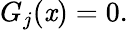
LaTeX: G_{j}(\mathit{x})=0.